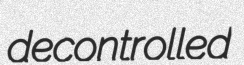
decontrolled